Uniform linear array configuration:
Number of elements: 16
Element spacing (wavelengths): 1
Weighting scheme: binomial
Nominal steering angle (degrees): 45
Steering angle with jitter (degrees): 44.995
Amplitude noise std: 0.05
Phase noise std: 0.05

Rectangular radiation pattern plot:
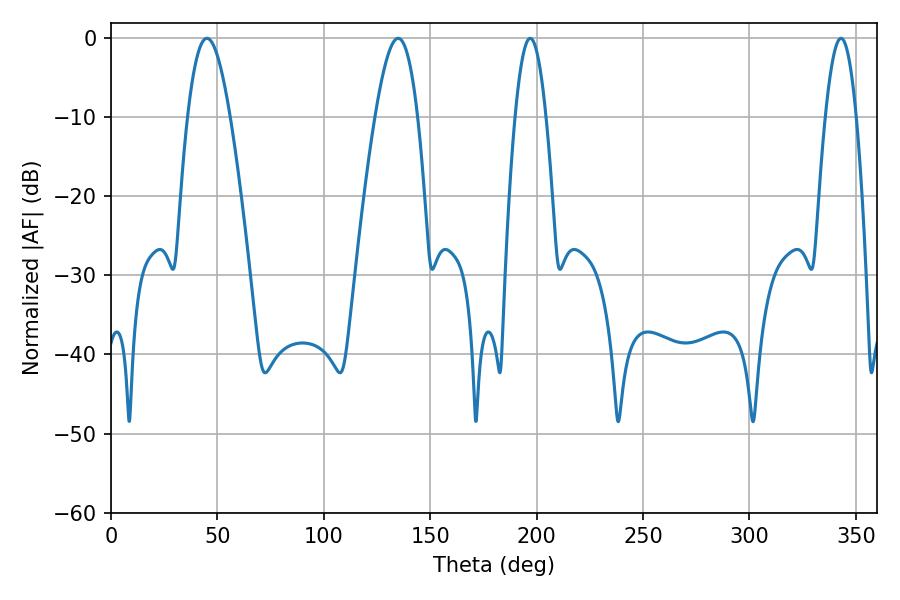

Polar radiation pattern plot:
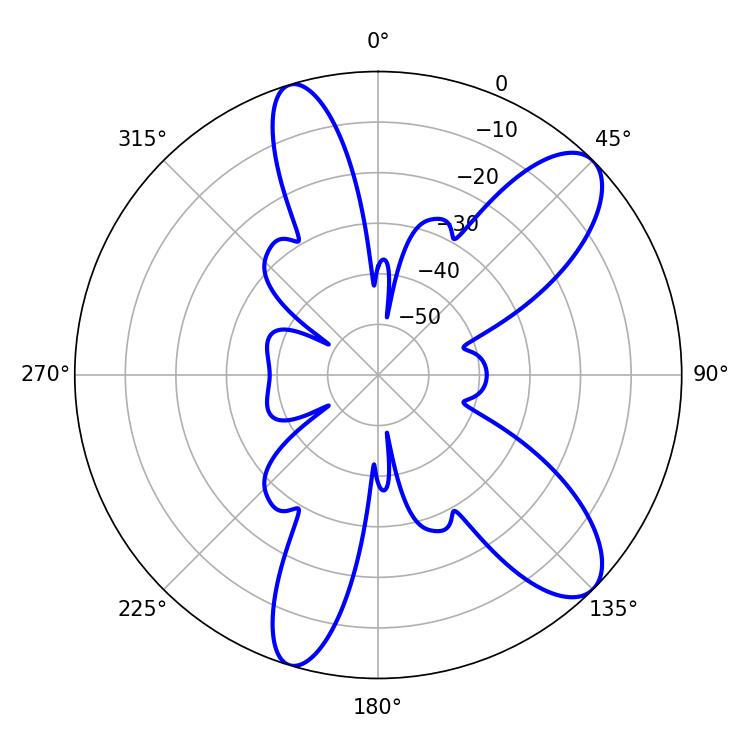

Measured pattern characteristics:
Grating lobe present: TRUE
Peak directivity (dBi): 9.917
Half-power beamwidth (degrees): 10.8
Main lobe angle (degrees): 45